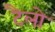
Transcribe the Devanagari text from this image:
टैलो